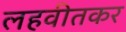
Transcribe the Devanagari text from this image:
लहवीतकर